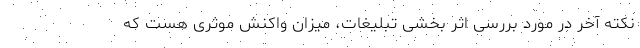
نکته آخر در مورد بررسی اثر بخشی تبلیغات، میزان واکنش موثری هست که